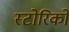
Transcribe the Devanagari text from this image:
स्टोरिको